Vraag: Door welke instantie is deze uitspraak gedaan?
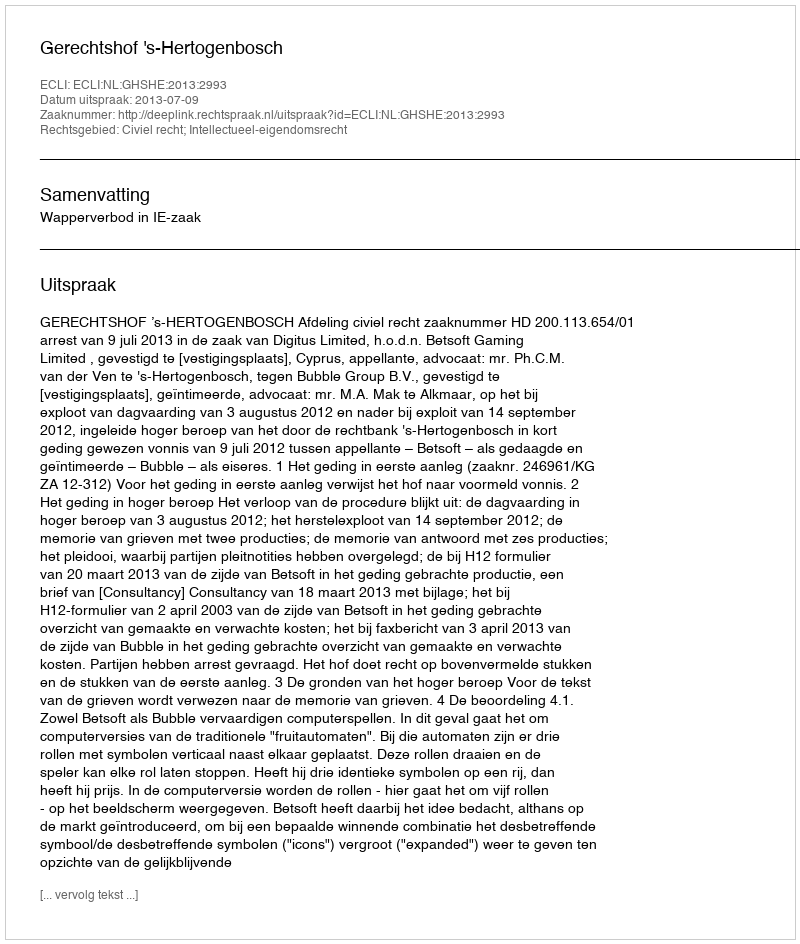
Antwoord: Gerechtshof 's-Hertogenbosch